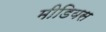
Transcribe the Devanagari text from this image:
मीडियस